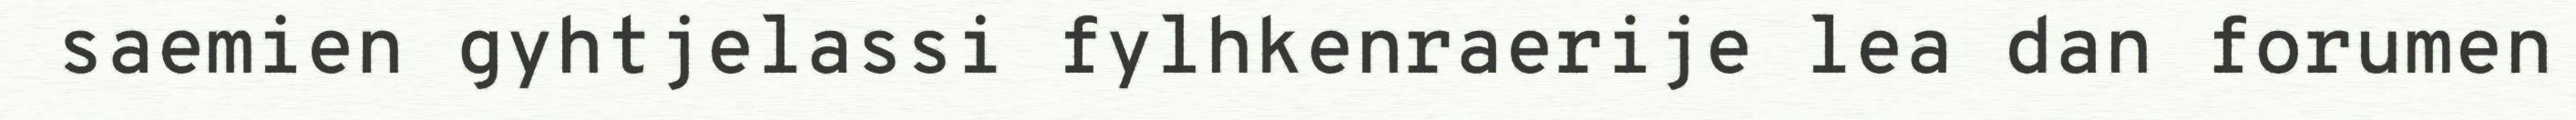
saemien gyhtjelassi fylhkenraerije lea dan forumen